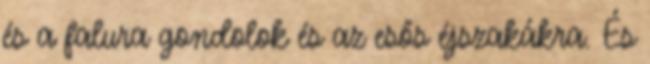
és a falura gondolok és az esős éjszakákra. És